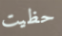
حظيت